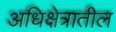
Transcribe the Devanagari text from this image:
अधिक्षेत्रातील